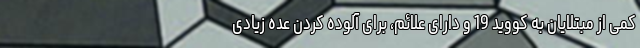
کمی از مبتلایان به کووید 19 و دارای علائم، برای آلوده کردن عده زیادی